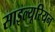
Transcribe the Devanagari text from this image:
साइल्यूरियन